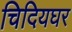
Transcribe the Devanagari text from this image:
चिदियघर